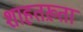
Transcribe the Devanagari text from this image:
शाहतख़्ता